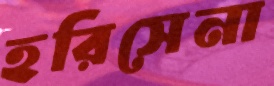
হরিসেনা